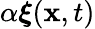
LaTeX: \alpha\boldsymbol{\xi}({\mathbf{x}},t)